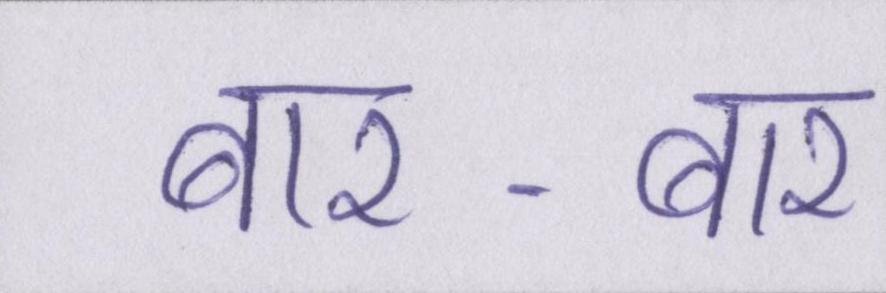
बार-बार